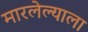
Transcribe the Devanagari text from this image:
मारलेल्‍याला